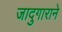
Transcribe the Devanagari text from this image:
जादुगाराने